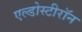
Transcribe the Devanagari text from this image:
एल्डोस्टीरॉन